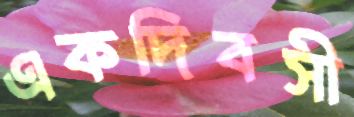
একদিবসী